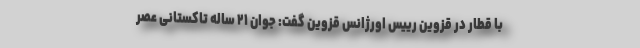
با قطار در قزوین رییس اورژانس قزوین گفت: جوان ۲۱ ساله تاکستانی عصر